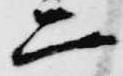
二